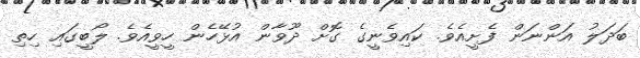
ބަދަލު އަންނަން ފެށީއެވެ. ކައިވެނީގެ ގޮށް ދޫވާން އުޅޭހެން ހީވީއެވެ. ލޯބީގައި ހިތި